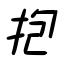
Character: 抱